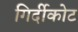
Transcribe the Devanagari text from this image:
गिर्दीकोट